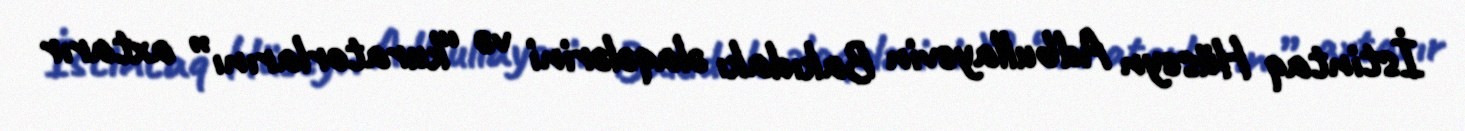
İstintaq Hüseyn Adbullayevin Bakıdakı əlaqələrini və “kuratorlarını” axtarır